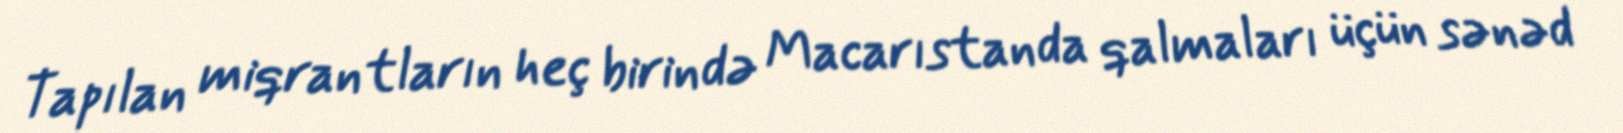
Tapılan miqrantların heç birində Macarıstanda qalmaları üçün sənəd